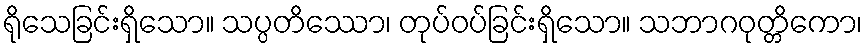
ရိုသေခြင်းရှိသော။ သပ္ပတိဿော၊ တုပ်ဝပ်ခြင်းရှိသော။ သဘာဂဝုတ္တိကော၊